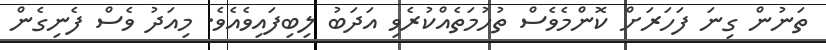
ތަނުން ގިނަ ފަހަރަށް ކޮންމެވެސް ތުހުމަތެއްކުރެވި އަދަބު ލިބިފައިވެއެވެ. މިއަދު ވެސް ފެނިގެން